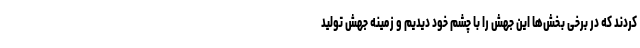
کردند که در برخی بخش‌ها این جهش را با چشم خود دیدیم و زمینه جهش تولید